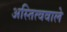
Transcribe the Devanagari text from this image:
अस्तित्ववाले